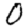
Digit: 0